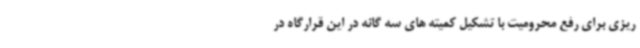
ریزی برای رفع محرومیت با تشکیل کمیته های سه گانه در این قرارگاه در